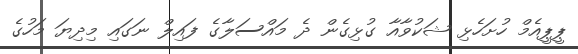
ޕީޕީއެމް ހުށަހެޅި ޝަކުވާއާ ގުޅިގެން ދެ މައްސަލާގެ ފައިލް ނަގައި މިދިޔަ މަހުގެ